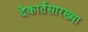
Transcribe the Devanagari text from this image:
देकार्तसारख्या